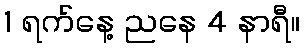
1 ရက်နေ့ ညနေ 4 နာရီ။